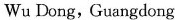
Wu Dong，Guangdong